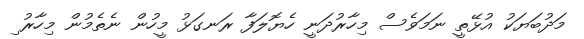
މަދުބަޔަކު އުޅޭތީ ނަމަވެސް މިހާރުދަނީ ހެޔޮލަފާ ރަނގަޅު މީހުން ނެތެމުން މިހާރު ިިިިިިިިިިިިިިިިި